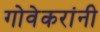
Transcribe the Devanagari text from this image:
गोवेकरांनी